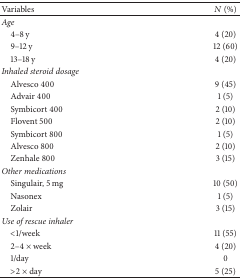
<table><thead><tr><td><b>Variables</b></td><td><b><i>N</i> (%)</b></td></tr></thead><tbody><tr><td><i>Age</i></td><td> </td></tr><tr><td> 4–8 y</td><td>4 (20)</td></tr><tr><td> 9–12 y</td><td>12 (60)</td></tr><tr><td> 13–18 y</td><td>4 (20)</td></tr><tr><td><i>Inhaled steroid dosage</i></td><td> </td></tr><tr><td> Alvesco 400</td><td>9 (45)</td></tr><tr><td> Advair 400</td><td>1 (5)</td></tr><tr><td> Symbicort 400</td><td>2 (10)</td></tr><tr><td> Flovent 500</td><td>2 (10)</td></tr><tr><td> Symbicort 800</td><td>1 (5)</td></tr><tr><td> Alvesco 800</td><td>2 (10)</td></tr><tr><td> Zenhale 800</td><td>3 (15)</td></tr><tr><td><i>Other medications</i></td><td> </td></tr><tr><td> Singulair, 5 mg</td><td>10 (50)</td></tr><tr><td> Nasonex</td><td>1 (5)</td></tr><tr><td> Zolair</td><td>3 (15)</td></tr><tr><td><i>Use of rescue inhaler</i></td><td> </td></tr><tr><td> &lt;1/week</td><td>11 (55)</td></tr><tr><td> 2–4 × week</td><td>4 (20)</td></tr><tr><td> 1/day</td><td>0</td></tr><tr><td> &gt;2 × day</td><td>5 (25)</td></tr></tbody></table>